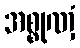
အစ္စုဏှံ